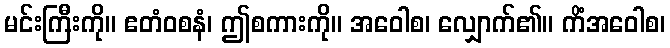
မင်းကြီးကို။ ဧတံဝစနံ၊ ဤစကားကို။ အဝေါစ၊ လျှောက်၏။ ကိံအဝေါစ၊